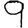
Digit: 9